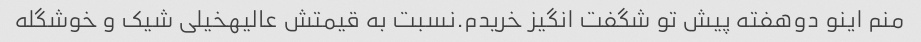
منم اینو دوهفته پیش تو شگفت انگیز خریدم.نسبت به قیمتش عالیهخیلی شیک و خوشگله